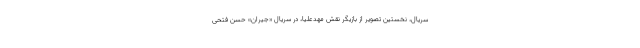
سریال، نخستین تصویر از بازیگر نقش مهدعلیا، در سریال «جیران» حسن فتحی